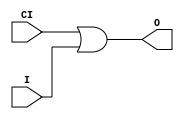
// $Header: /devl/xcs/repo/env/Databases/CAEInterfaces/verunilibs/s/ORCY.v,v 1.8.22.1 2003/11/18 20:41:39 wloo Exp $

/*

FUNCTION	: OR for carry logic

*/

`timescale  100 ps / 10 ps


module ORCY (O, CI, I);

    output O;

    input  CI, I;

	or X1 (O, CI, I);

    specify
	(CI *> O) = (0, 0);
	(I *> O) = (0, 0);
    endspecify

endmodule